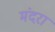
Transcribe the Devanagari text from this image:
मंदरा